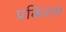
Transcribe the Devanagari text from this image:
प्रकिरण